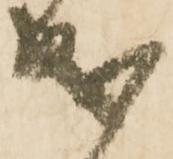
成